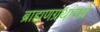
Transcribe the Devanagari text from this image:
ब्राह्मणग्रंथांमधे